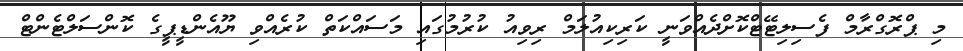
މި ޕްރޮގްރާމް ފެސިލިޓޭޓްކޮށްދެއްވަނީ ކަރިކިއުލަމް ރިވިއު ކުރުމުގައި މަސައްކަތް ކުރެއްވި ޔޫއެންޑީޕީގެ ކޮންސަލްޓެންޓް